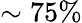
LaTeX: \sim 75\%